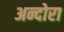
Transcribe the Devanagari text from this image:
अन्दोरा